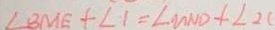
\angle B M E + \angle 1 = \angle M N D + \angle 2 (